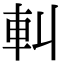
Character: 䡂